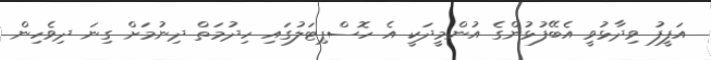
އަފީފު ވިދާޅުވީ އެބޭފުޅުންގެ އުންމީދަކީ އެ ހޮސްޕިޓަލުގައި ހިދުމަތް ދިނުމަށް ގިނަ ދިވެހިން